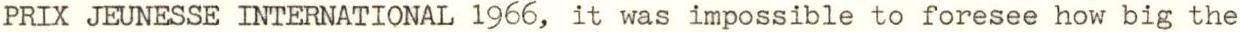
PRIX JEUNESSE INTERNATIONAL 1966, it was impossible to foresee how big the